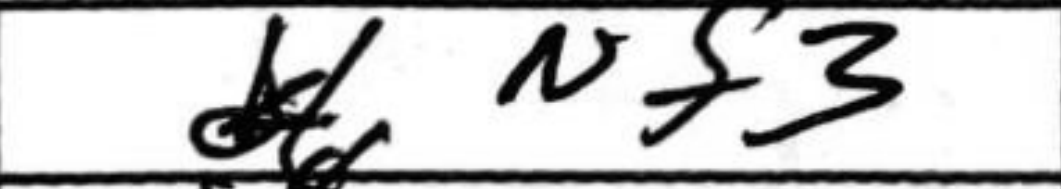
Transcription: Nf3